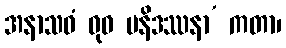
အနာသဝံ ဓုဝ မနိဒဿနာ’ ကတာ၊